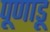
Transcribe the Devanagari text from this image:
पूणाडू